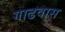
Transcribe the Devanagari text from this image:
गाढवास